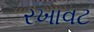
રખાવટ